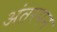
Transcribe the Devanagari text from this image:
अंतरमन